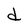
Character: d